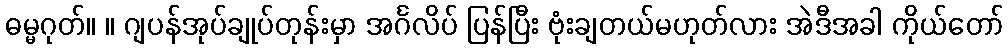
ဓမ္မဂုတ်။ ။ ဂျပန်အုပ်ချုပ်တုန်းမှာ အင်္ဂလိပ် ပြန်ပြီး ဗုံးချတယ်မဟုတ်လား အဲဒီအခါ ကိုယ်တော်